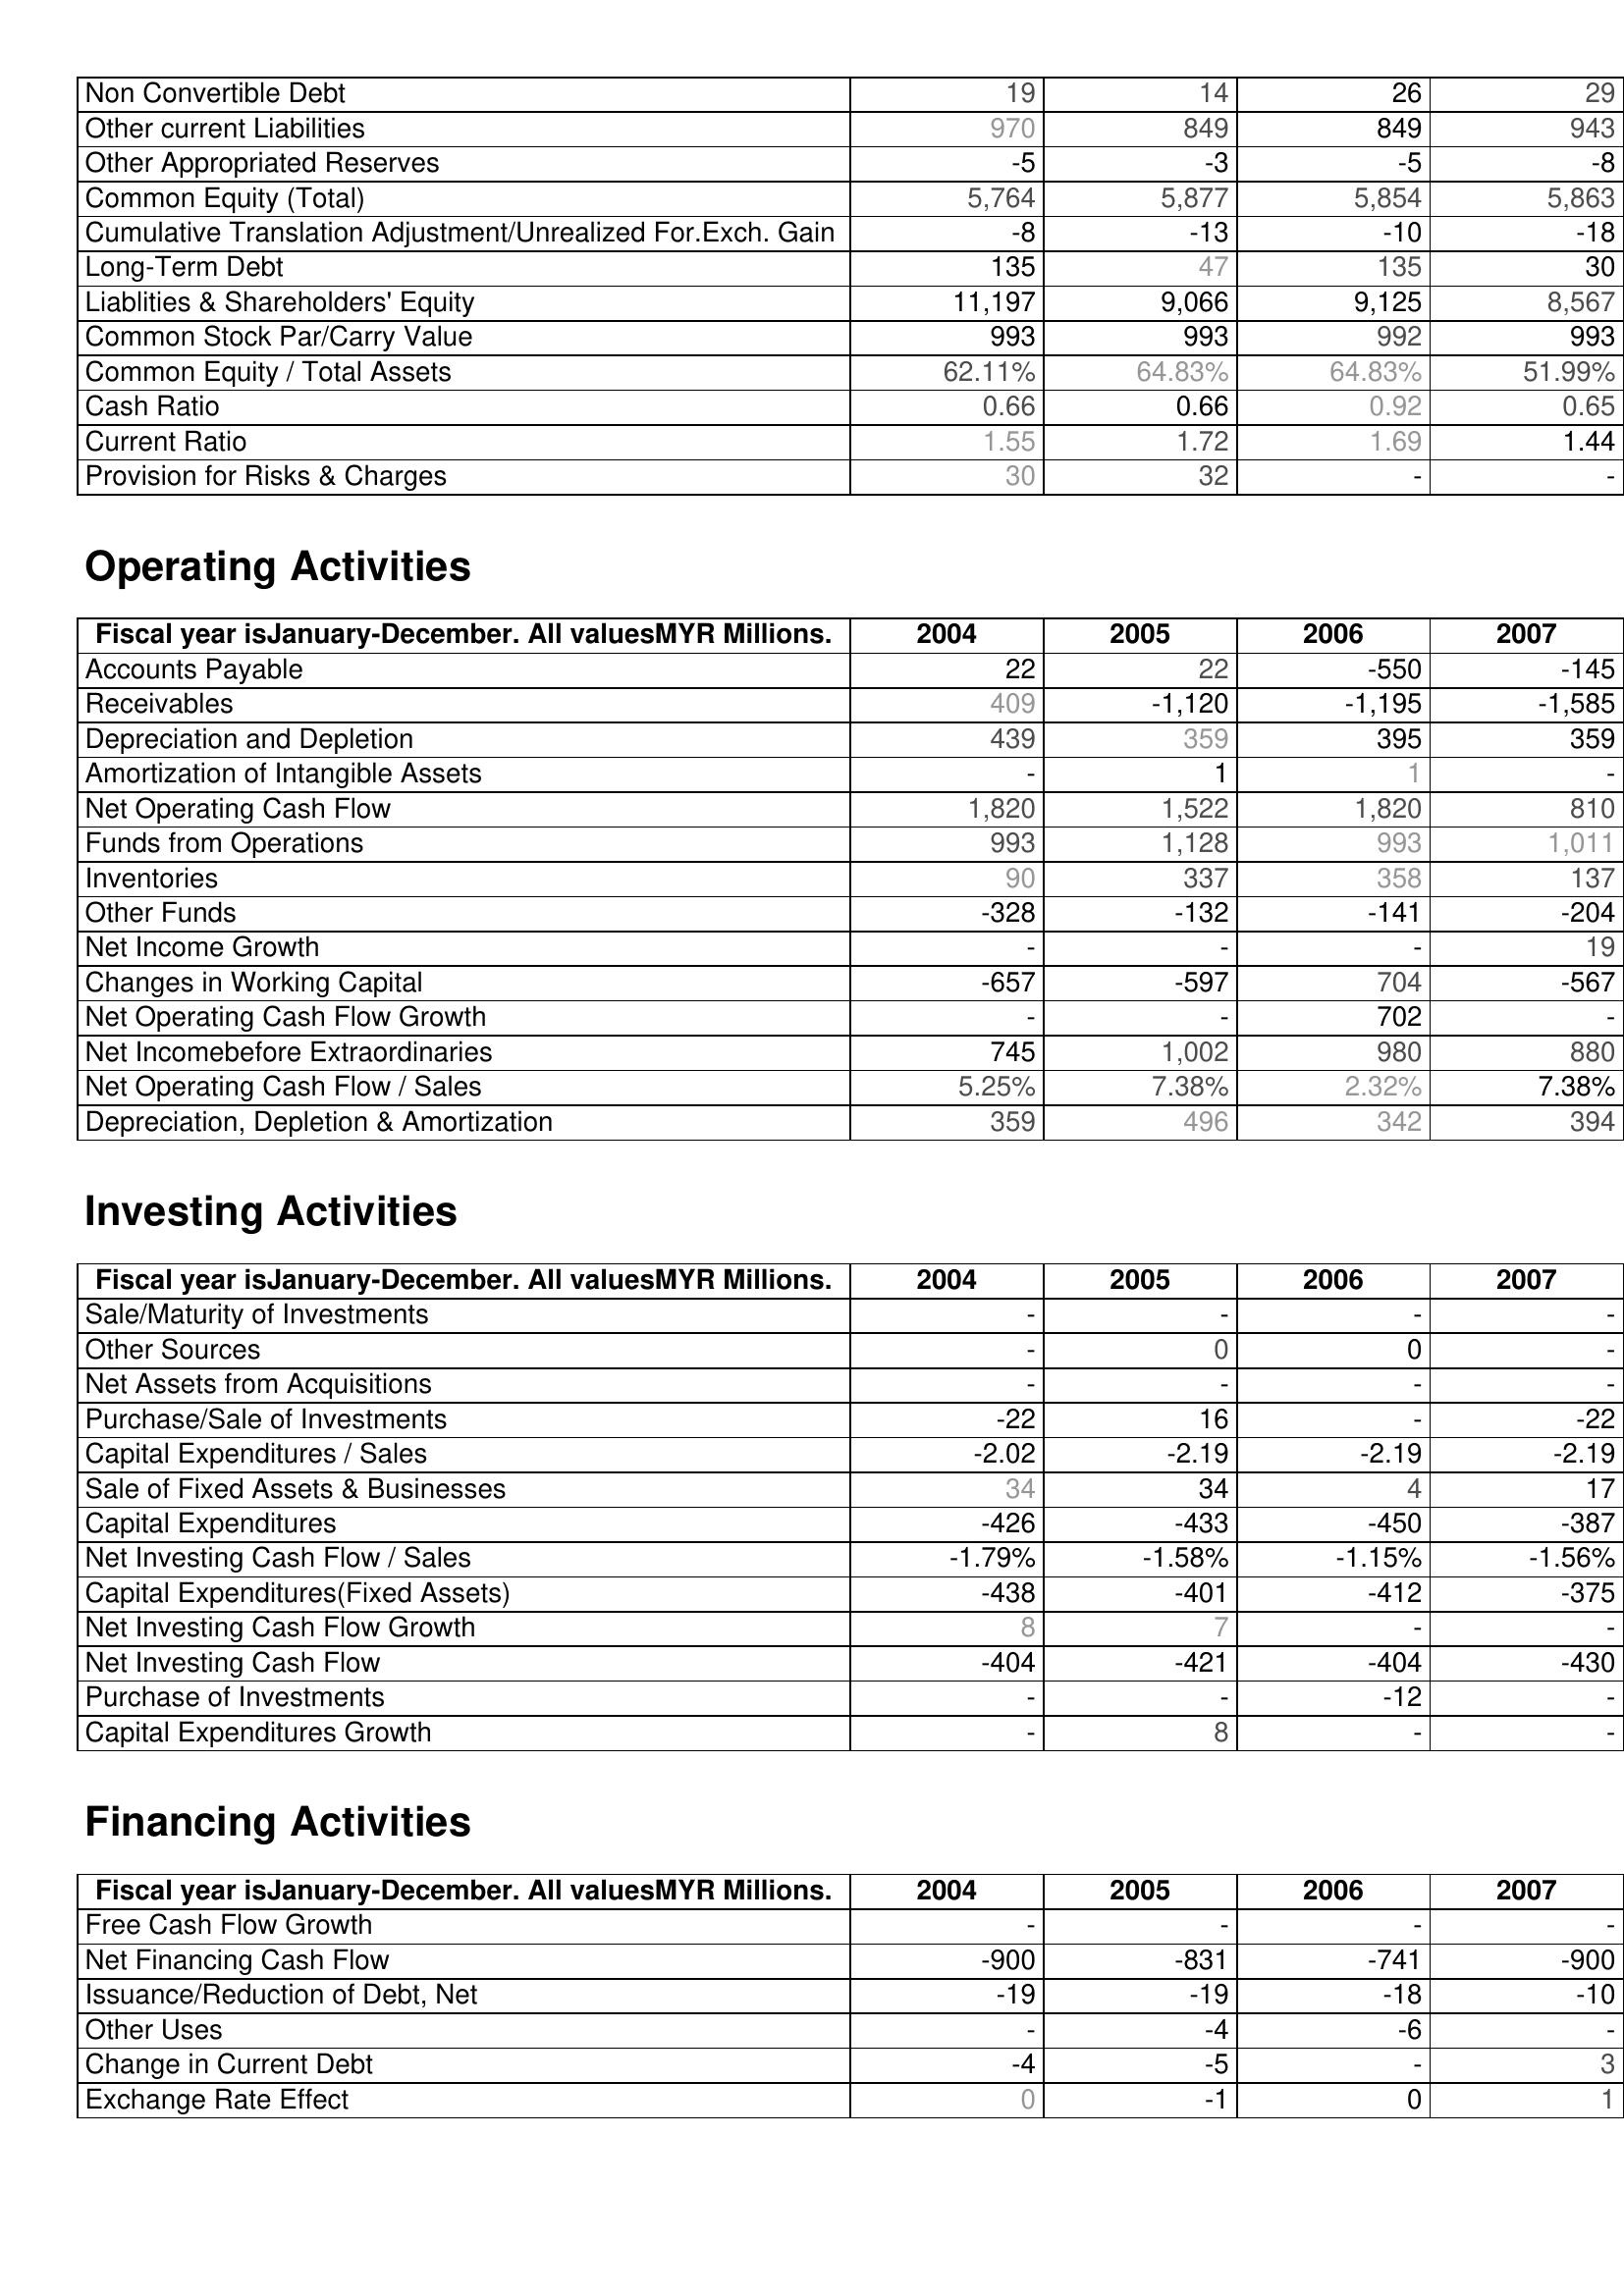
2004: Liabilities & Shareholder's Equity: Non Convertible Debt: 19
Other current Liabilities: 970
Other Appropriated Reserves: -5
Common Equity (Total): 5,764
Cumulative Translation Adjustment/Unrealized For.Exch. Gain: -8
Long-Term Debt: 135
Liablities & Shareholders' Equity: 11,197
Common Stock Par/Carry Value: 993
Common Equity / Total Assets: 62.11%
Cash Ratio: 0.66
Current Ratio: 1.55
Provision for Risks & Charges: 30
Operating Activities: Accounts Payable: 22
Receivables: 409
Depreciation and Depletion: 439
Amortization of Intangible Assets: -
Net Operating Cash Flow: 1,820
Funds from Operations: 993
Inventories: 90
Other Funds: -328
Net Income Growth: -
Changes in Working Capital: -657
Net Operating Cash Flow Growth: -
Net Incomebefore Extraordinaries: 745
Net Operating Cash Flow / Sales: 5.25%
Depreciation, Depletion & Amortization: 359
Investing Activities: Sale/Maturity of Investments: -
Other Sources: -
Net Assets from Acquisitions: -
Purchase/Sale of Investments: -22
Capital Expenditures / Sales: -2.02
Sale of Fixed Assets & Businesses: 34
Capital Expenditures: -426
Net Investing Cash Flow / Sales: -1.79%
Capital Expenditures(Fixed Assets): -438
Net Investing Cash Flow Growth: 8
Net Investing Cash Flow: -404
Purchase of Investments: -
Capital Expenditures Growth: -
Financing Activities: Free Cash Flow Growth: -
Net Financing Cash Flow: -900
Issuance/Reduction of Debt, Net: -19
Other Uses: -
Change in Current Debt: -4
Exchange Rate Effect: 0
2005: Liabilities & Shareholder's Equity: Non Convertible Debt: 14
Other current Liabilities: 849
Other Appropriated Reserves: -3
Common Equity (Total): 5,877
Cumulative Translation Adjustment/Unrealized For.Exch. Gain: -13
Long-Term Debt: 47
Liablities & Shareholders' Equity: 9,066
Common Stock Par/Carry Value: 993
Common Equity / Total Assets: 64.83%
Cash Ratio: 0.66
Current Ratio: 1.72
Provision for Risks & Charges: 32
Operating Activities: Accounts Payable: 22
Receivables: -1,120
Depreciation and Depletion: 359
Amortization of Intangible Assets: 1
Net Operating Cash Flow: 1,522
Funds from Operations: 1,128
Inventories: 337
Other Funds: -132
Net Income Growth: -
Changes in Working Capital: -597
Net Operating Cash Flow Growth: -
Net Incomebefore Extraordinaries: 1,002
Net Operating Cash Flow / Sales: 7.38%
Depreciation, Depletion & Amortization: 496
Investing Activities: Sale/Maturity of Investments: -
Other Sources: 0
Net Assets from Acquisitions: -
Purchase/Sale of Investments: 16
Capital Expenditures / Sales: -2.19
Sale of Fixed Assets & Businesses: 34
Capital Expenditures: -433
Net Investing Cash Flow / Sales: -1.58%
Capital Expenditures(Fixed Assets): -401
Net Investing Cash Flow Growth: 7
Net Investing Cash Flow: -421
Purchase of Investments: -
Capital Expenditures Growth: 8
Financing Activities: Free Cash Flow Growth: -
Net Financing Cash Flow: -831
Issuance/Reduction of Debt, Net: -19
Other Uses: -4
Change in Current Debt: -5
Exchange Rate Effect: -1
2006: Liabilities & Shareholder's Equity: Non Convertible Debt: 26
Other current Liabilities: 849
Other Appropriated Reserves: -5
Common Equity (Total): 5,854
Cumulative Translation Adjustment/Unrealized For.Exch. Gain: -10
Long-Term Debt: 135
Liablities & Shareholders' Equity: 9,125
Common Stock Par/Carry Value: 992
Common Equity / Total Assets: 64.83%
Cash Ratio: 0.92
Current Ratio: 1.69
Provision for Risks & Charges: -
Operating Activities: Accounts Payable: -550
Receivables: -1,195
Depreciation and Depletion: 395
Amortization of Intangible Assets: 1
Net Operating Cash Flow: 1,820
Funds from Operations: 993
Inventories: 358
Other Funds: -141
Net Income Growth: -
Changes in Working Capital: 704
Net Operating Cash Flow Growth: 702
Net Incomebefore Extraordinaries: 980
Net Operating Cash Flow / Sales: 2.32%
Depreciation, Depletion & Amortization: 342
Investing Activities: Sale/Maturity of Investments: -
Other Sources: 0
Net Assets from Acquisitions: -
Purchase/Sale of Investments: -
Capital Expenditures / Sales: -2.19
Sale of Fixed Assets & Businesses: 4
Capital Expenditures: -450
Net Investing Cash Flow / Sales: -1.15%
Capital Expenditures(Fixed Assets): -412
Net Investing Cash Flow Growth: -
Net Investing Cash Flow: -404
Purchase of Investments: -12
Capital Expenditures Growth: -
Financing Activities: Free Cash Flow Growth: -
Net Financing Cash Flow: -741
Issuance/Reduction of Debt, Net: -18
Other Uses: -6
Change in Current Debt: -
Exchange Rate Effect: 0
2007: Liabilities & Shareholder's Equity: Non Convertible Debt: 29
Other current Liabilities: 943
Other Appropriated Reserves: -8
Common Equity (Total): 5,863
Cumulative Translation Adjustment/Unrealized For.Exch. Gain: -18
Long-Term Debt: 30
Liablities & Shareholders' Equity: 8,567
Common Stock Par/Carry Value: 993
Common Equity / Total Assets: 51.99%
Cash Ratio: 0.65
Current Ratio: 1.44
Provision for Risks & Charges: -
Operating Activities: Accounts Payable: -145
Receivables: -1,585
Depreciation and Depletion: 359
Amortization of Intangible Assets: -
Net Operating Cash Flow: 810
Funds from Operations: 1,011
Inventories: 137
Other Funds: -204
Net Income Growth: 19
Changes in Working Capital: -567
Net Operating Cash Flow Growth: -
Net Incomebefore Extraordinaries: 880
Net Operating Cash Flow / Sales: 7.38%
Depreciation, Depletion & Amortization: 394
Investing Activities: Sale/Maturity of Investments: -
Other Sources: -
Net Assets from Acquisitions: -
Purchase/Sale of Investments: -22
Capital Expenditures / Sales: -2.19
Sale of Fixed Assets & Businesses: 17
Capital Expenditures: -387
Net Investing Cash Flow / Sales: -1.56%
Capital Expenditures(Fixed Assets): -375
Net Investing Cash Flow Growth: -
Net Investing Cash Flow: -430
Purchase of Investments: -
Capital Expenditures Growth: -
Financing Activities: Free Cash Flow Growth: -
Net Financing Cash Flow: -900
Issuance/Reduction of Debt, Net: -10
Other Uses: -
Change in Current Debt: 3
Exchange Rate Effect: 1